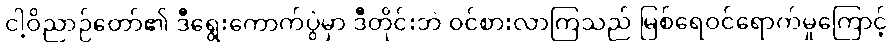
ငါ့ဝိညာဉ်တော်၏ ဒီရွေးကောက်ပွဲမှာ ဒီတိုင်းဘဲ ဝင်စားလာကြသည် မြစ်ရေဝင်ရောက်မှုကြောင့်